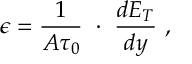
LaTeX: \epsilon = { \frac { 1 } { { \cal A } \tau _ { 0 } } } \ \cdot \ { \frac { d E _ { T } } { d y } } \ ,